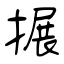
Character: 搌